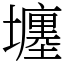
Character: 㙻